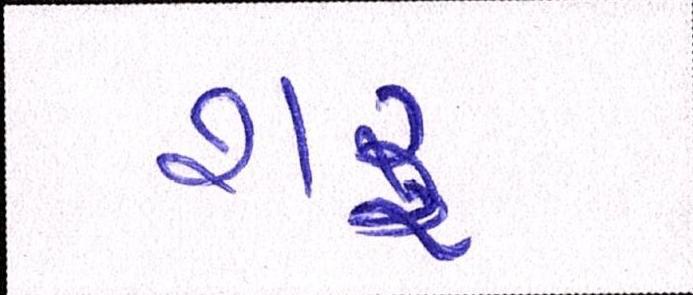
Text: શરૂ